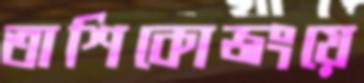
তাশিকোজংয়ে